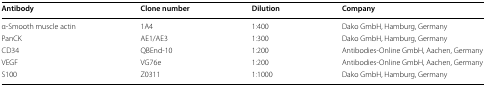
| Antibody | Clone number | Dilution | Company |
 | --- | --- | --- | --- |
 | α-Smooth muscle actin | 1A4 | 1:400 | Dako GmbH, Hamburg, Germany |
 | PanCK | AE1/AE3 | 1:300 | Dako GmbH, Hamburg, Germany |
 | CD34 | QBEnd-10 | 1:200 | Antibodies-Online GmbH, Aachen, Germany |
 | VEGF | VG76e | 1:200 | Antibodies-Online GmbH, Aachen, Germany |
 | S100 | Z0311 | 1:1000 | Dako GmbH, Hamburg, Germany |